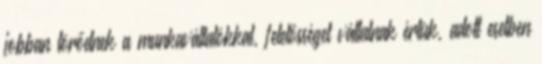
jobban törődnek a munkavállalókkal, felelősséget vállalnak értük, adott esetben